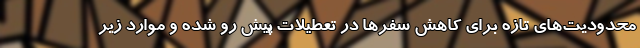
محدودیت‌های تازه برای کاهش سفر‌ها در تعطیلات پیش رو شده و موارد زیر